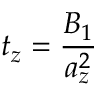
t _ { z } = \frac { B _ { 1 } } { a _ { z } ^ { 2 } }